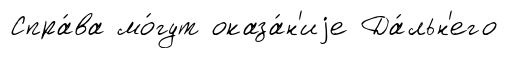
Спра́ва мо́гут оказа́н'иjе Да́льн'его